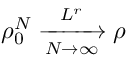
\rho _ { 0 } ^ { N } \xrightarrow [ N \rightarrow \infty ] { L ^ { r } } \rho